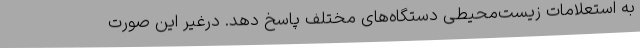
به استعلامات زیست‌محیطی دستگاه‌های مختلف پاسخ دهد. درغیر این صورت